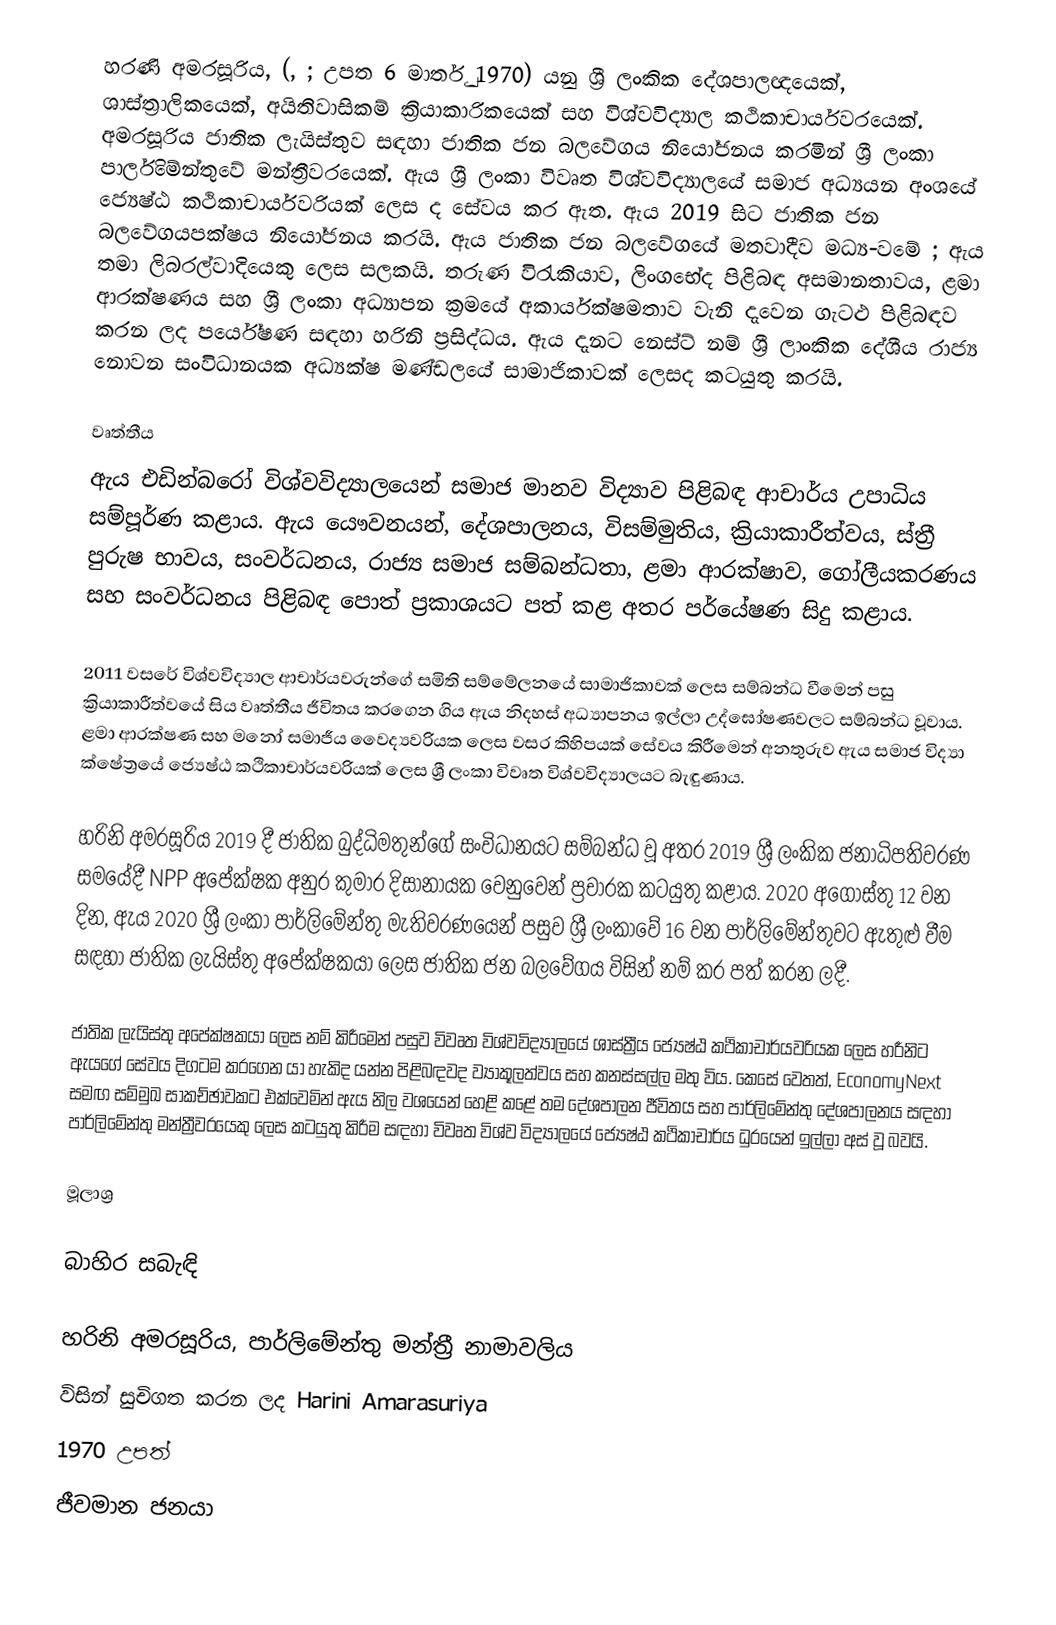
හරණි අමරසූරිය, (, ; උපත 6 මාර්තු 1970) යනු ශ්‍රී ලංකික දේශපාලඥයෙක්, ශාස්ත්‍රාලිකයෙක්, අයිතිවාසිකම් ක්‍රියාකාරිකයෙක් සහ විශ්වවිද්‍යාල කථිකාචාර්යවරයෙක්. අමරසූරිය ජාතික ලැයිස්තුව සඳහා ජාතික ජන බලවේගය නියෝජනය කරමින් ශ්‍රී ලංකා පාර්ලිමේන්තුවේ මන්ත්‍රීවරයෙක්. ඇය ශ්‍රී ලංකා විවෘත විශ්වවිද්‍යාලයේ සමාජ අධ්‍යයන අංශයේ ජ්‍යෙෂ්ඨ කථිකාචාර්යවරියක් ලෙස ද සේවය කර ඇත. ඇය 2019 සිට ජාතික ජන බලවේගයපක්ෂය නියෝජනය කරයි. ඇය ජාතික ජන බලවේගයේ මතවාදීව මධ්‍ය-වමේ ; ඇය තමා ලිබරල්වාදියෙකු ලෙස සලකයි. තරුණ විරැකියාව, ලිංගභේද පිළිබඳ අසමානතාවය, ළමා ආරක්ෂණය සහ ශ්‍රී ලංකා අධ්‍යාපන ක්‍රමයේ අකාර්යක්ෂමතාව වැනි දැවෙන ගැටළු පිළිබඳව කරන ලද පර්යේෂණ සඳහා හරිනි ප්‍රසිද්ධය.  ඇය දැනට නෙස්ට් නම් ශ්‍රී ලාංකික දේශීය රාජ්‍ය නොවන සංවිධානයක අධ්‍යක්ෂ මණ්ඩලයේ සාමාජිකාවක් ලෙසද කටයුතු කරයි.

වෘත්තීය
ඇය එඩින්බරෝ විශ්වවිද්‍යාලයෙන් සමාජ මානව විද්‍යාව පිළිබඳ ආචාර්ය උපාධිය සම්පූර්ණ කළාය. ඇය යෞවනයන්, දේශපාලනය, විසම්මුතිය, ක්‍රියාකාරීත්වය, ස්ත්‍රී පුරුෂ භාවය, සංවර්ධනය, රාජ්‍ය සමාජ සම්බන්ධතා, ළමා ආරක්ෂාව, ගෝලීයකරණය සහ සංවර්ධනය පිළිබඳ පොත් ප්‍රකාශයට පත් කළ අතර පර්යේෂණ සිදු කළාය.

2011 වසරේ විශ්වවිද්‍යාල ආචාර්යවරුන්ගේ සමිති සම්මේලනයේ සාමාජිකාවක් ලෙස සම්බන්ධ වීමෙන් පසු ක්‍රියාකාරීත්වයේ සිය වෘත්තීය ජීවිතය කරගෙන ගිය ඇය නිදහස් අධ්‍යාපනය ඉල්ලා උද්ඝෝෂණවලට සම්බන්ධ වූවාය.  ළමා ආරක්ෂණ සහ මනෝ සමාජීය වෛද්‍යවරියක ලෙස වසර කිහිපයක් සේවය කිරීමෙන් අනතුරුව ඇය සමාජ විද්‍යා ක්ෂේත්‍රයේ ජ්‍යෙෂ්ඨ කථිකාචාර්යවරියක් ලෙස ශ්‍රී ලංකා විවෘත විශ්වවිද්‍යාලයට බැඳුණාය.

හරිනි අමරසූරිය 2019 දී ජාතික බුද්ධිමතුන්ගේ සංවිධානයට සම්බන්ධ වූ අතර 2019 ශ්‍රී ලංකික ජනාධිපතිවරණ සමයේදී NPP අපේක්ෂක අනුර කුමාර දිසානායක වෙනුවෙන් ප්‍රචාරක කටයුතු කළාය. 2020 අගෝස්තු 12 වන දින, ඇය 2020 ශ්‍රී ලංකා පාර්ලිමේන්තු මැතිවරණයෙන් පසුව ශ්‍රී ලංකාවේ 16 වන පාර්ලිමේන්තුවට ඇතුළු වීම සඳහා ජාතික ලැයිස්තු අපේක්ෂකයා ලෙස ජාතික ජන බලවේගය විසින් නම් කර පත් කරන ලදී.

ජාතික ලැයිස්තු අපේක්ෂකයා ලෙස නම් කිරීමෙන් පසුව විවෘත විශ්වවිද්‍යාලයේ ශාස්ත්‍රීය ජ්‍යෙෂ්ඨ කථිකාචාර්යවරියක ලෙස හරීනිට ඇයගේ සේවය දිගටම කරගෙන යා හැකිද යන්න පිළිබඳවද ව්‍යාකූලත්වය සහ කනස්සල්ල මතු විය.  කෙසේ වෙතත්, EconomyNext සමඟ සම්මුඛ සාකච්ඡාවකට එක්වෙමින් ඇය නිල වශයෙන් හෙළි කළේ තම දේශපාලන ජීවිතය සහ පාර්ලිමේන්තු දේශපාලනය සඳහා පාර්ලිමේන්තු මන්ත්‍රීවරයෙකු ලෙස කටයුතු කිරීම සඳහා විවෘත විශ්ව විද්‍යාලයේ ජ්‍යෙෂ්ඨ කථිකාචාර්ය ධුරයෙන් ඉල්ලා අස් වූ බවයි.

මූලාශ්‍ර

බාහිර සබැඳි

 හරිනි අමරසූරිය, පාර්ලිමේන්තු මන්ත්‍රී නාමාවලිය
 විසින් සුචිගත කරන ලද Harini Amarasuriya
1970 උපත්
ජීවමාන ජනයා